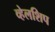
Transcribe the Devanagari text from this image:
व्हेलशिप